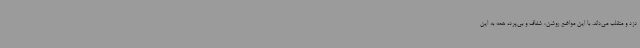
دزد و متقلب می‌داند. با این مواضع روشن، شفاف و بی‌پرده همه به این